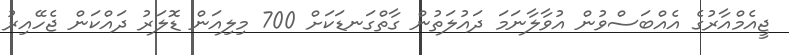
ޖީއެމްއާރުގެ އެއްބަަސްވުން އުވާލާނަމަ ދައުލަތުން ގާތްގަނޑަކަށް 700 މިލިއަން ޑޮލަރު ދައްކަން ޖެހޭއިރު